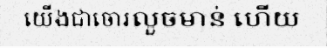
យើងជាចោរលួចមាន់ ហើយ